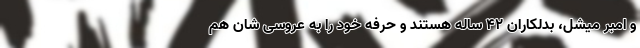
و امبر میشل، بدلکاران 42 ساله هستند و حرفه خود را به عروسی شان هم